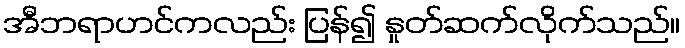
အီဘရာဟင်ကလည်း ပြန်၍ နှုတ်ဆက်လိုက်သည်။